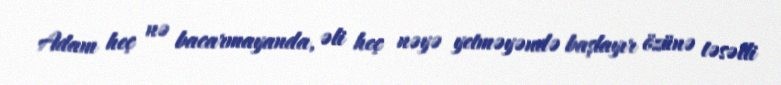
Adam heç nə bacarmayanda, əli heç nəyə yetməyəndə başlayır özünə təsəlli